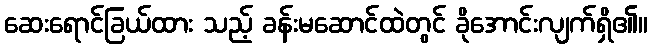
ဆေးရောင်ခြယ်ထား သည့် ခန်းမဆောင်ထဲတွင် ခိုအောင်းလျက်ရှိ၏။